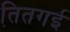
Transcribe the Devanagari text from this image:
तितगई